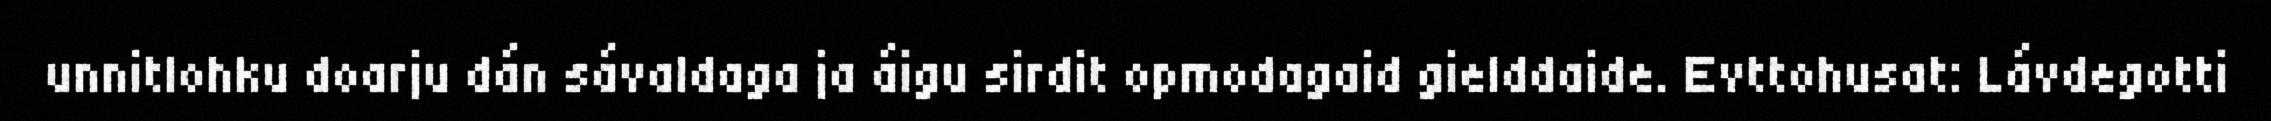
unnitlohku doarju dán sávaldaga ja áigu sirdit opmodagaid gielddaide. Evttohusat: Lávdegotti